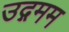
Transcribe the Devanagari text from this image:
उद्गमम